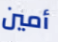
أمين